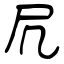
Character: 凥